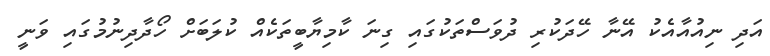
އަދި ނިއުއާއެކު އޭނާ ހޭދަކުރި ދުވަސްތަކުގައި ގިނަ ކާމިޔާބީތަކެއް ކުލަބަށް ހޯދާދިނުމުގައި ވަނީ